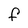
Character: f